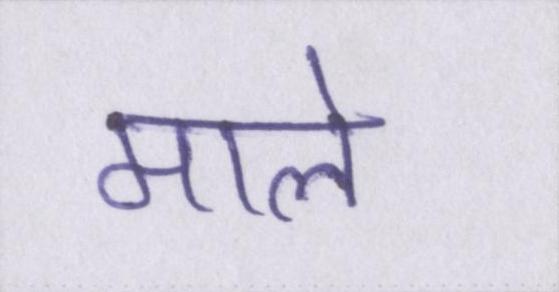
माले